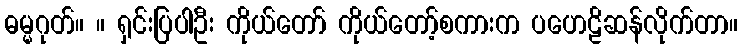
ဓမ္မဂုတ်။ ။ ရှင်းပြပါဦး ကိုယ်တော် ကိုယ်တော့်စကားက ပဟေဠိဆန်လိုက်တာ။